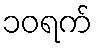
၁၀ရက်